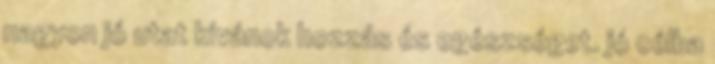
nagyon jó utat kívánok hozzás és egészséget. jó célba